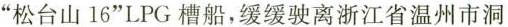
”松台山16”LPG槽船，缓缓驶离浙江省温州市洞